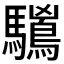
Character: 𱄻